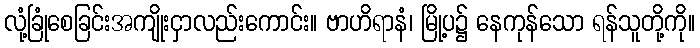
လုံ့ခြုံစေခြင်းအကျိုးငှာလည်းကောင်း။ ဗာဟိရာနံ၊ မြို့ပ၌ နေကုန်သော ရန်သူတို့ကို။